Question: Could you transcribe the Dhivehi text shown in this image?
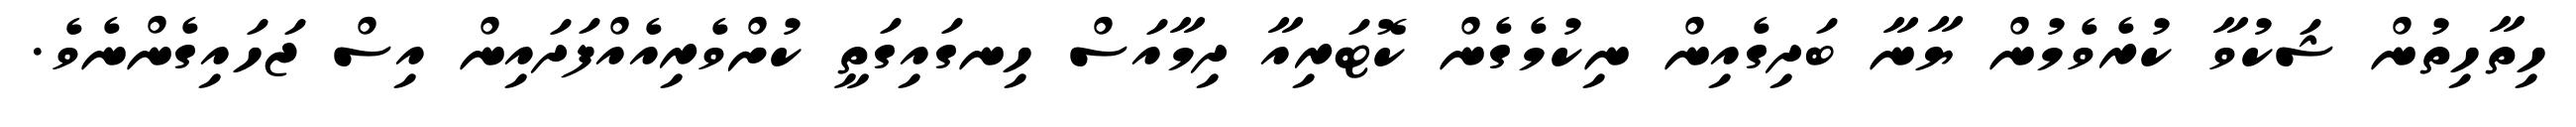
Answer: ހިތާހިތުން ޝަކުވާ ކުރެވެމުން ޔާނާ ބަދިގެއިން ނިކުމެގެން ކޮޓަރިއާ ދިމާއަސް ހިނގައިގަތީ ކުށްވެރިއެއްފަދައިން އިސް ޖަހައިގެންނެވެ.